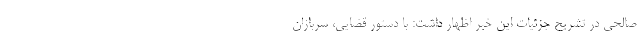
صالحی در تشریح جزئیات این خبر اظهار داشت: با دستور قضایی، سربازان